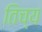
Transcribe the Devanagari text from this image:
तिच्य